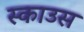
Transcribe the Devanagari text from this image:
स्काउस